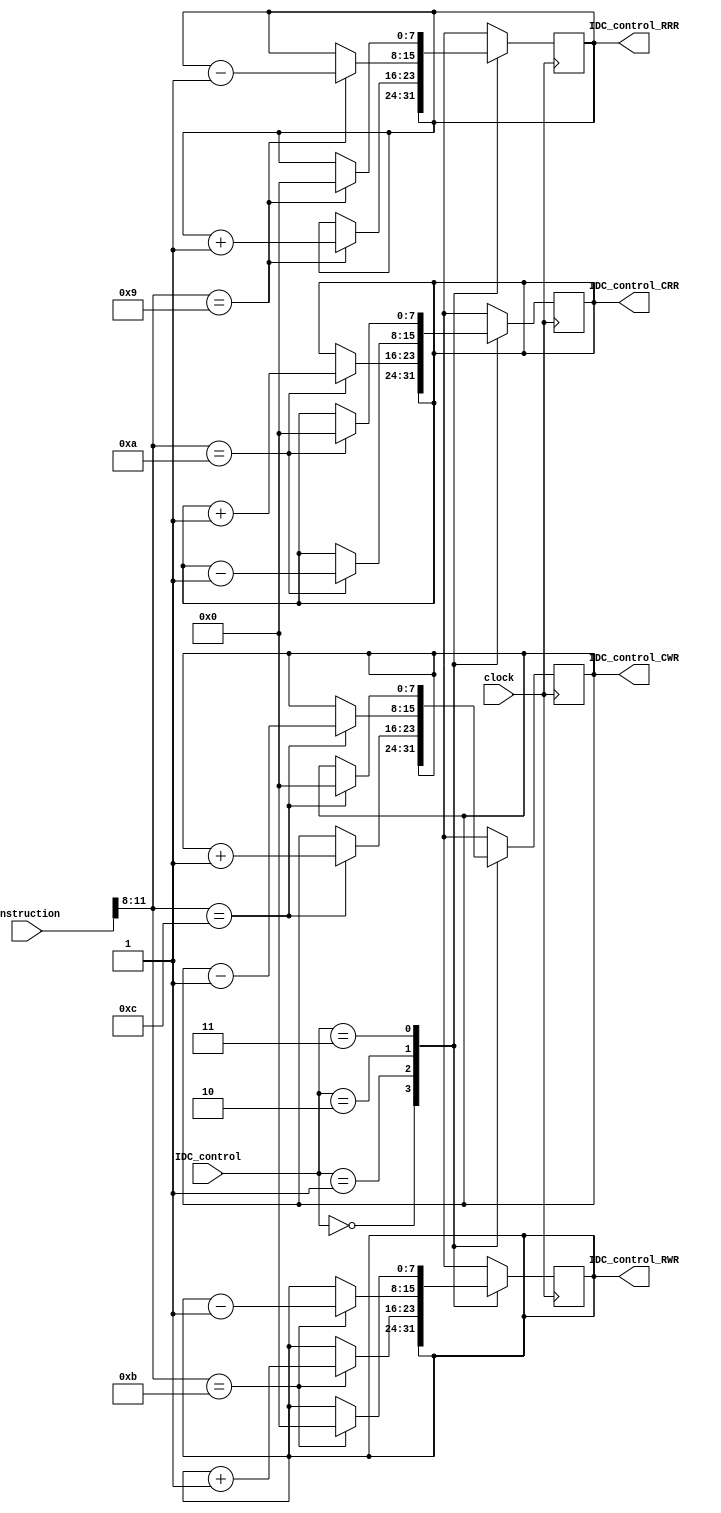
module IDC_controller(input [1:0] IDC_control,
					  input wire [15:0] instruction,
				      input clock,
					  output reg [7:0] IDC_control_RRR,
					  output reg [7:0] IDC_control_RWR,
					  output reg [7:0] IDC_control_CRR,
					  output reg [7:0] IDC_control_CWR);

reg [3:0] IDC_register;
		 
always@(instruction)
begin
	IDC_register <= instruction[11:8];
end
						
always@(posedge clock)
begin
	case(IDC_control)
	2'b00:
		begin
			IDC_control_RRR <= IDC_control_RRR; 
			IDC_control_RWR <= IDC_control_RWR;
			IDC_control_CRR <= IDC_control_CRR;
			IDC_control_CWR <= IDC_control_CWR;
		end
	2'b01:
		begin
			case(IDC_register)
			4'b1001:
				begin
					IDC_control_RRR <= IDC_control_RRR + 8'd1; // increment RRR
					IDC_control_RWR <= IDC_control_RWR;
					IDC_control_CRR <= IDC_control_CRR;
					IDC_control_CWR <= IDC_control_CWR;
				end
			4'b1010:
				begin
					IDC_control_RRR <= IDC_control_RRR; 
					IDC_control_RWR <= IDC_control_RWR;
					IDC_control_CRR <= IDC_control_CRR + 8'd1; //increment CRR
					IDC_control_CWR <= IDC_control_CWR;
				end
			4'b1011:
				begin
					IDC_control_RRR <= IDC_control_RRR; 
					IDC_control_RWR <= IDC_control_RWR + 8'd1; //increment RWR
					IDC_control_CRR <= IDC_control_CRR;
					IDC_control_CWR <= IDC_control_CWR;
				end
			4'b1100:
				begin
					IDC_control_RRR <= IDC_control_RRR; 
					IDC_control_RWR <= IDC_control_RWR;
					IDC_control_CRR <= IDC_control_CRR;
					IDC_control_CWR <= IDC_control_CWR + 8'd1; //increment CWR
				end
			default:
				begin
					IDC_control_RRR <= IDC_control_RRR; 
					IDC_control_RWR <= IDC_control_RWR;
					IDC_control_CRR <= IDC_control_CRR;
					IDC_control_CWR <= IDC_control_CWR;
				end
			endcase
		end
	2'b10:
		begin
			case(IDC_register)
			4'b1001:
				begin
					IDC_control_RRR <= IDC_control_RRR - 8'd1; //decrement RRR
					IDC_control_RWR <= IDC_control_RWR;
					IDC_control_CRR <= IDC_control_CRR;
					IDC_control_CWR <= IDC_control_CWR;
				end
			4'b1010:
				begin
					IDC_control_RRR <= IDC_control_RRR; 
					IDC_control_RWR <= IDC_control_RWR;
					IDC_control_CRR <= IDC_control_CRR - 8'd1; //decrement CRR
					IDC_control_CWR <= IDC_control_CWR;
				end
			4'b1011:
				begin
					IDC_control_RRR <= IDC_control_RRR; 
					IDC_control_RWR <= IDC_control_RWR - 8'd1; //decrement RWR
					IDC_control_CRR <= IDC_control_CRR;
					IDC_control_CWR <= IDC_control_CWR;
				end
			4'b1100:
				begin
					IDC_control_RRR <= IDC_control_RRR; 
					IDC_control_RWR <= IDC_control_RWR;
					IDC_control_CRR <= IDC_control_CRR;
					IDC_control_CWR <= IDC_control_CWR - 8'd1; //decrement CWR
				end
			default:
				begin
					IDC_control_RRR <= IDC_control_RRR; 
					IDC_control_RWR <= IDC_control_RWR;
					IDC_control_CRR <= IDC_control_CRR;
					IDC_control_CWR <= IDC_control_CWR;
				end
			endcase
		end
	2'b11:
		begin
			case(IDC_register)
			4'b1001:
				begin
					IDC_control_RRR <= 8'b0;            //clear RRR
					IDC_control_RWR <= IDC_control_RWR;
					IDC_control_CRR <= IDC_control_CRR;
					IDC_control_CWR <= IDC_control_CWR;
				end
			4'b1010:
				begin
					IDC_control_RRR <= IDC_control_RRR; 
					IDC_control_RWR <= IDC_control_RWR;
					IDC_control_CRR <= 8'b0;            //clear CRR
					IDC_control_CWR <= IDC_control_CWR;
				end
			4'b1011:
				begin
					IDC_control_RRR <= IDC_control_RRR; 
					IDC_control_RWR <= 8'b0;            //clear RWR
					IDC_control_CRR <= IDC_control_CRR;
					IDC_control_CWR <= IDC_control_CWR;
				end
			4'b1100:
				begin
					IDC_control_RRR <= IDC_control_RRR; 
					IDC_control_RWR <= IDC_control_RWR;
					IDC_control_CRR <= IDC_control_CRR;
					IDC_control_CWR <= 8'b0;            //clear CWR
				end
			default:
				begin
					IDC_control_RRR <= IDC_control_RRR; 
					IDC_control_RWR <= IDC_control_RWR;
					IDC_control_CRR <= IDC_control_CRR;
					IDC_control_CWR <= IDC_control_CWR;
				end
			endcase
		end
	default:
		begin
			IDC_control_RRR <= IDC_control_RRR; 
			IDC_control_RWR <= IDC_control_RWR;
			IDC_control_CRR <= IDC_control_CRR;
			IDC_control_CWR <= IDC_control_CWR;
		end
	endcase
end		
		
endmodule